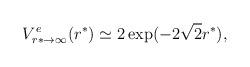
LaTeX: \begin{align*}V^e_{r*\to \infty}(r^*) \simeq 2 \exp( -2 \sqrt 2 r^*),\end{align*}